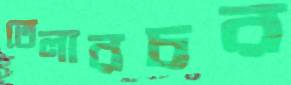
তেলারচর